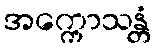
အက္ကောသန္တံ